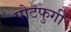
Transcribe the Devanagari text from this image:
पोटफुगी